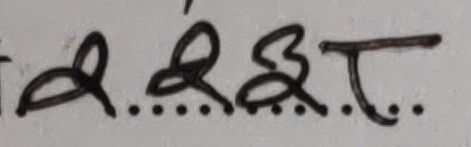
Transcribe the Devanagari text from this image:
ब...ब३.ट...